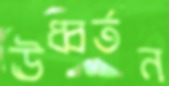
ঊধ্বর্তন